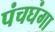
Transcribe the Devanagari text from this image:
पंचघंगा